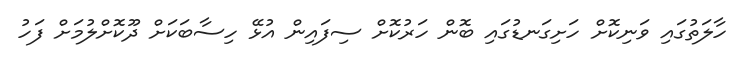
ހާލަތުގައި ވަނިކޮށް ހަށިގަނޑުގައި ބޮން ހަރުކޮށް ސިފައިން އުޅޭ ހިސާބަކަށް ދޫކޮށްލުމަށް ފަހު